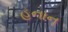
હનાન